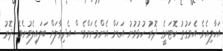
އަހާލިއެވެ. އެވަގުތު ކޮޓަރީގެ ދޮރު ހުޅުވުނު އަޑަށް އެންމެނަށްވެސް އެދިމާލަށް ބަަލައިލެވުނެވެ. ދޮރު